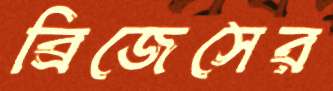
ব্রিজেসের